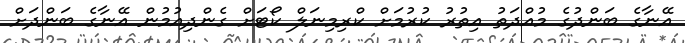
އޭނާގެ ބަންދުގެ މުއްދަތު އިތުރު ކުރުމަށް ކްރިމިނަލް ކޯޓަށް ގެންދިއުމުން އޭނާގެ ބަންދަށް